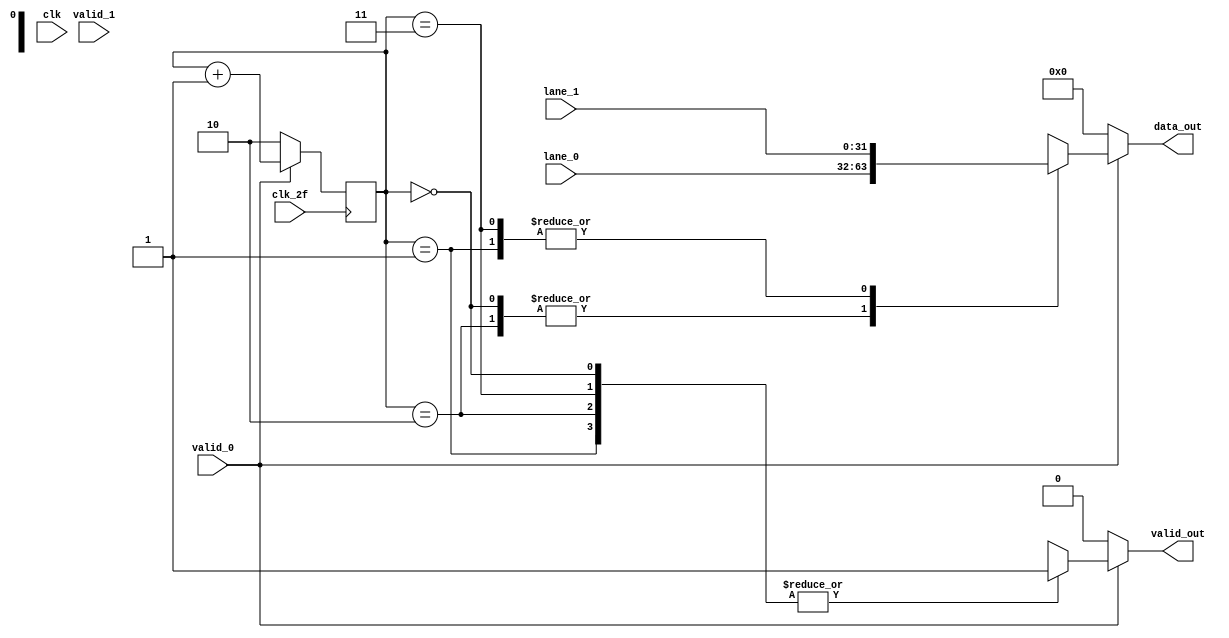
/* ***********************************************************
                    Universidad de Costa Rica
                 Escuela de Ingenieria Electrica 
                             IE0523 
                    Circuitos Digitales 2

                           byte_un_striping.v

Autores: Alexa Carmona Buzo <alexa.carmona@ucr.ac.cr>
        Katharina Alfaro Solis <katharina.alfaro@ucr.ac.cr>
        Kevin Chen Wu 
        Raquel Corrales 
Fecha: 04/10/2021

Descripcion:
  Contiene el modulo de bit striping. Recibe senal de clk_2f, data_in, valid_in y 
  separa las senales en dos canales a una frecuencia mas baja. 

*********************************************************** */

module byte_un_striping (
                            input clk_2f,
                            input clk,
                            input valid_0,
                            input [31:0]lane_0,
                            input valid_1,
                            input [31:0]lane_1,
                            output reg [31:0]data_out,
                            output reg valid_out  );

   reg [1:0] counter ;

 
	
    always @(posedge clk_2f ) begin
		if (valid_0 == 0 )begin
            counter <= 2'b10;
	    end
        else begin
            counter <= counter +1;
        end
    end

    always @(*) begin
        if(valid_0 == 0) begin
            valid_out = 0;
            data_out = 'h00000000;
        end

        else begin
            case (counter)
                2'b00 :  begin
                    data_out  = lane_0;
                    valid_out = valid_0;
                end
                

                2'b01 :  begin
                    data_out  = lane_1;
                    valid_out = valid_0;
                end
                
                2'b10 :  begin
                    data_out  = lane_0;
                    valid_out = valid_0;
                end
                
                2'b11 :  begin
                    data_out  = lane_1;
                    valid_out = valid_0;
                end
            endcase
        end
    
        
    end
     
endmodule